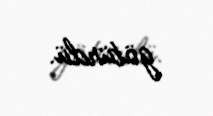
götürdü.